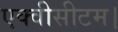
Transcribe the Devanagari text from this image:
एक्वीसीटम।